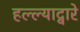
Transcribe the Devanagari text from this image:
हल्ल्याद्वारे